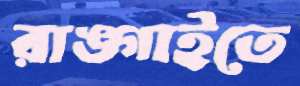
রাঙ্গাইতে